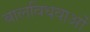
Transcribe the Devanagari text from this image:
बालविधवाओं